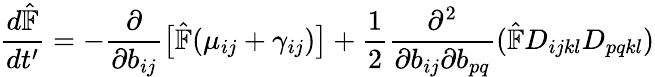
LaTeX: \frac{d\hat{\mathbb{F}}}{dt^{\prime}}=-\frac{\partial}{\partial b_{ij}}\big[\hat{\mathbb{F}}(\mu_{ij}+\gamma_{ij})\big]+\frac{1}{2}\frac{\partial^{2}}{\partial b_{ij}\partial b_{pq}}(\hat{\mathbb{F}}D_{ijkl}D_{pqkl})